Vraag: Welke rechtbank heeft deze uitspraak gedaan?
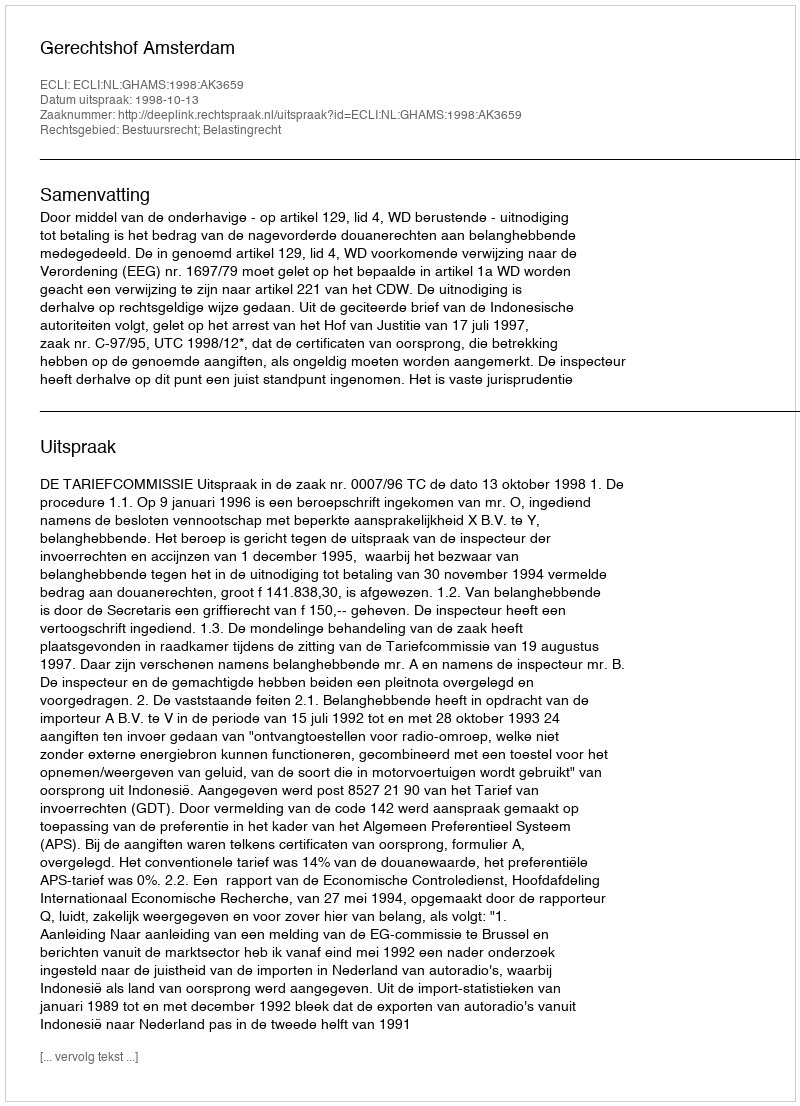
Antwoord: Gerechtshof Amsterdam